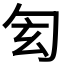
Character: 𠣖